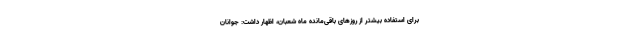
برای استفاده بیشتر از روز‌های باقی‌مانده ماه شعبان، اظهار داشت: جوانان